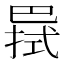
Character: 𢁊